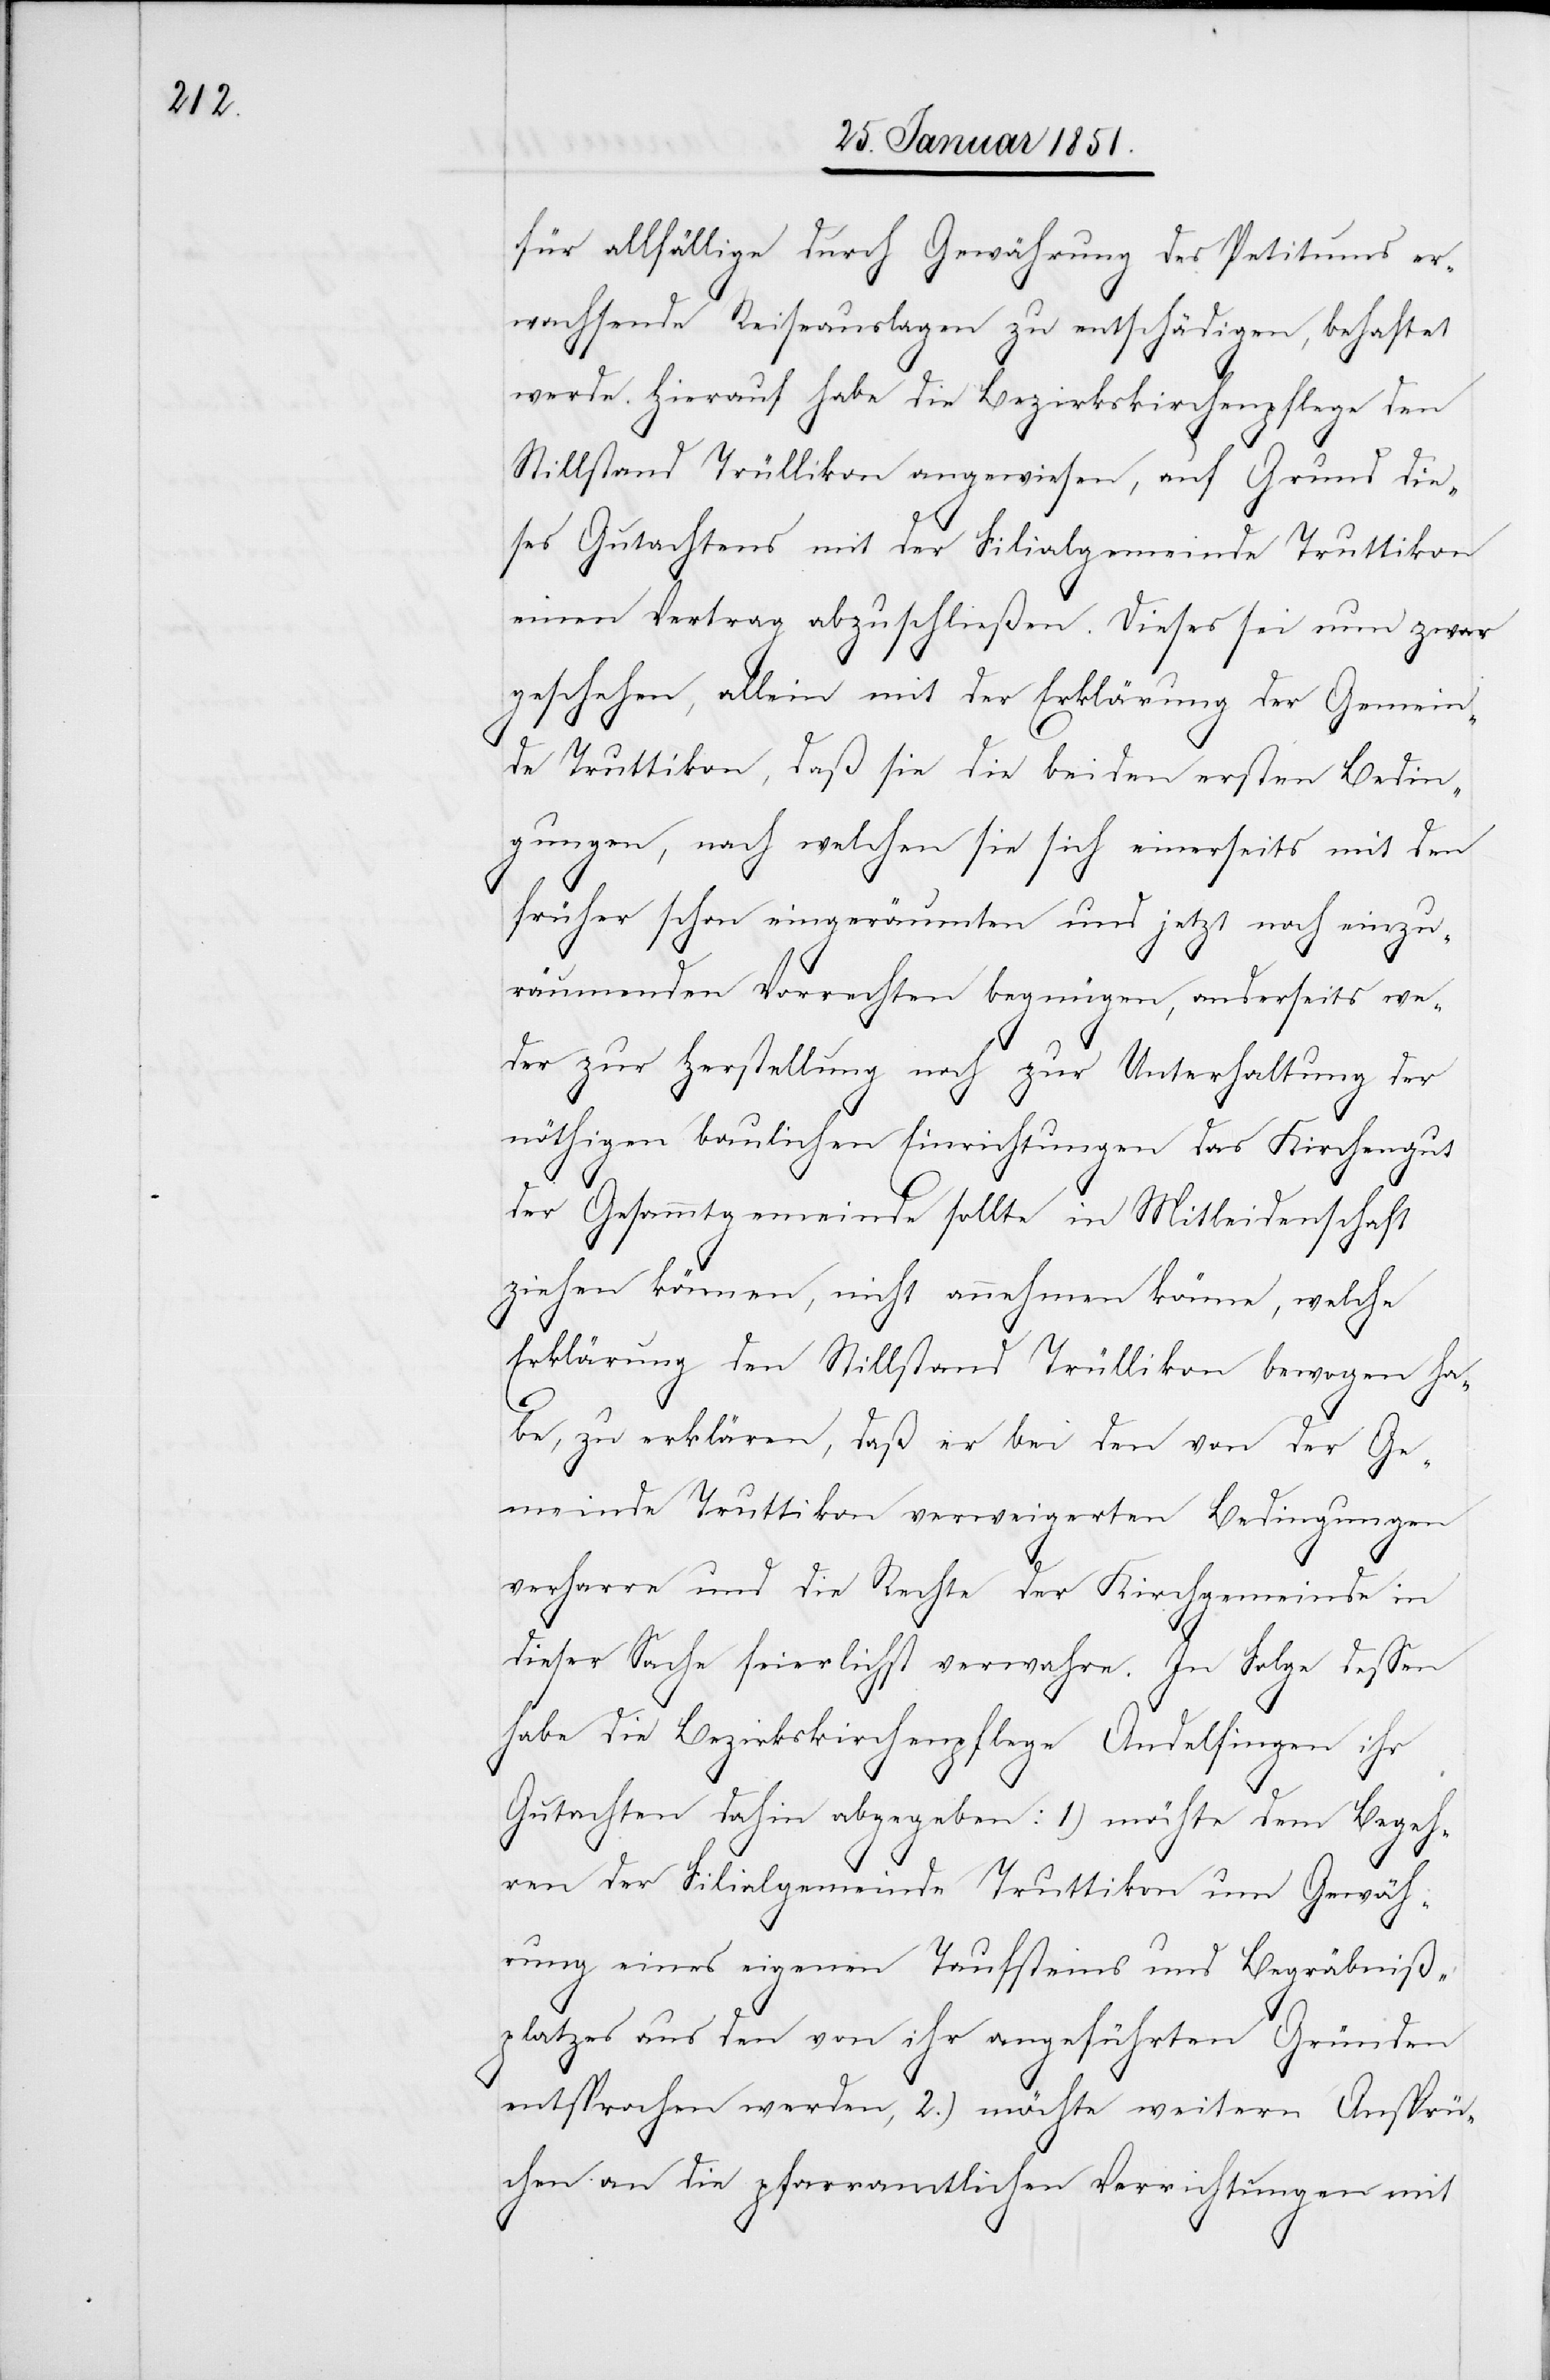
für allfällige durch Gewährung des Petitums er¬
wachsende Reiseauslagen zu entschädigen, behaftet
werde. Hierauf habe die Bezirkskirchenpflege den
Stillstand Trüllikon angewiesen, auf Grund die¬
ses Gutachtens mit der Filialgemeinde Truttikon
einen Vertrag abzuschließen. Dieses sei nun zwar
geschehen, allein mit der Erklärung der Gemein¬
de Truttikon, daß sie die beiden ersten Bedin¬
gungen, nach welchen sie sich einerseits mit den
früher schon eingeräumten und jetzt noch einzu¬
räumenden Vorrechten begnügen, anderseits we¬
der zur Herstellung noch zur Unterhaltung der
nöthigen baulichen Einrichtungen das Kirchengut
der Gesammtgemeinde sollte in Mitleidenschaft
ziehen können, nicht annehmen könne, welche
Erklärung den Stillstand Trüllikon bewogen ha¬
be, zu erklären, daß er bei den von der Ge¬
meinde Truttikon verweigerten Bedingungen
verharre und die Rechte der Kirchgemeinde in
dieser Sache feierlichst verwahre. In Folge dessen
habe die Bezirkskirchenpflege Andelfingen ihr
Gutachten dahin abgegeben: 1) möchte dem Begeh¬
ren der Filialgemeinde Truttikon um Gewäh¬
rung eines eigenen Taufsteins und Begräbniß¬
platzes aus den von ihr angeführten Gründen
entsprochen werden, 2.) möchte weitern Ansprü¬
chen an die pfarramtlichen Verrichtungen mit